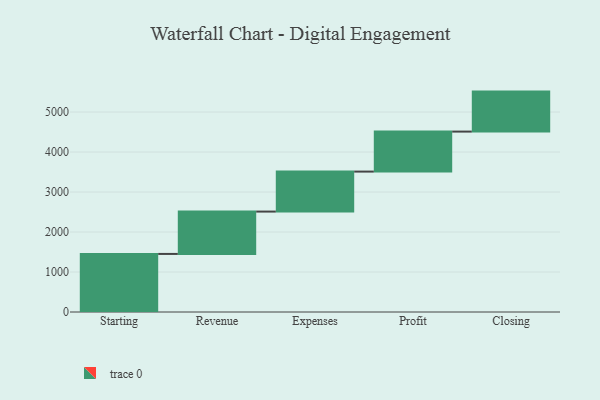
{"axis": {"x": "Step", "y": "Value"}, "legend": [""], "data": [{"x": "Starting", "y": 1452.0, "type": ""}, {"x": "Revenue", "y": 1059.0, "type": ""}, {"x": "Expenses", "y": 1000, "type": ""}, {"x": "Profit", "y": 1000, "type": ""}, {"x": "Closing", "y": 1000, "type": ""}]}